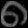
Digit: ၈